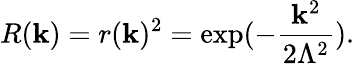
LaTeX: R(\mathbf{k})=r(\mathbf{k})^{2}=\exp(-\frac{{\mathbf{k}^{2}}}{{2\Lambda^{2}}}).